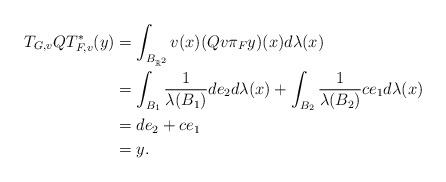
LaTeX: \begin{align*}T_{G,v}QT_{F,v}^*(y)& = \int_{B_{\mathbb{R}^2}}v(x)(Qv\pi_Fy)(x)d\lambda(x)\\& = \int_{B_1}\frac{1}{\lambda(B_1)}de_2d\lambda(x)+\int_{B_2}\frac{1}{\lambda(B_2)}ce_1d\lambda(x)\\& = de_2+ce_1\\& = y.\end{align*}